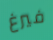
فيرغ